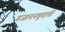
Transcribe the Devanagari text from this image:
गजाननबुवांची